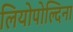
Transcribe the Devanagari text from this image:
लियोपोल्दिना